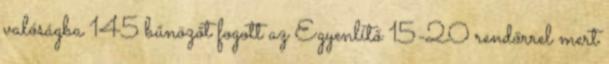
valóságba 145 bűnözőt fogott az Egyenlítő 15-20 rendőrrel mert